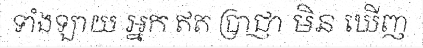
ទាំងឡាយ អ្នក ឥត ប្រាជ្ញា មិន ឃើញ